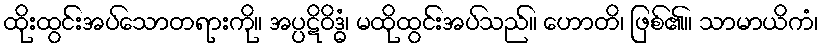
ထိုးထွင်းအပ်သောတရားကို။ အပ္ပဋိဝိဒ္ဓံ၊ မထိုထွင်းအပ်သည်။ ဟောတိ၊ ဖြစ်၏။ သာမာယိကံ၊